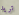
تريد